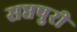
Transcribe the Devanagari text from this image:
सप्तपुरी